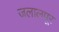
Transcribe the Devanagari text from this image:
जलालपूर